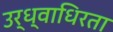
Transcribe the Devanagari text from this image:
उर्ध्वाधिरता